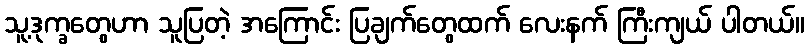
သူ့ဒုက္ခတွေဟာ သူပြတဲ့ အကြောင်း ပြချက်တွေထက် လေးနက် ကြီးကျယ် ပါတယ်။